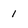
Character: 1